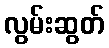
လွမ်းဆွတ်